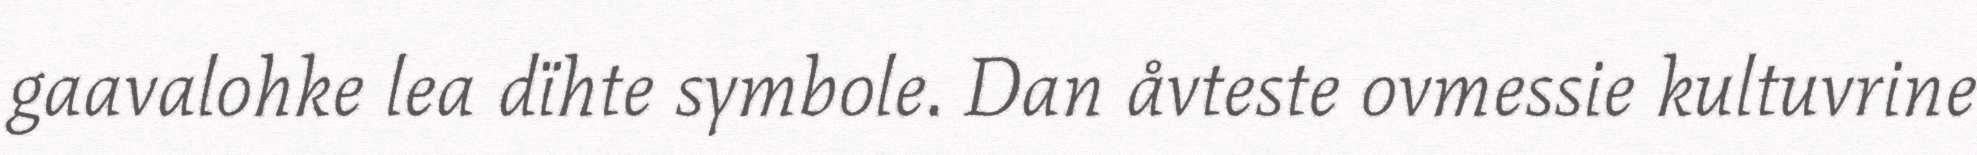
gaavalohke lea dïhte symbole. Dan åvteste ovmessie kultuvrine